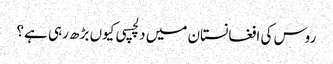
روس کی افغانستان میں دلچسپی کیوں بڑھ رہی ہے؟